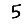
Digit: 5